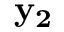
\mathbf { y _ { 2 } }